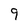
Character: 9